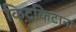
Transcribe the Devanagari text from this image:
किटकिटाना